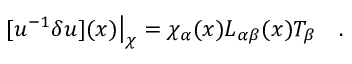
[ u ^ { - 1 } \delta u ] ( x ) \big | _ { \chi } = { \chi _ { \alpha } ( x ) } L _ { \alpha \beta } ( x ) T _ { \beta } \quad .